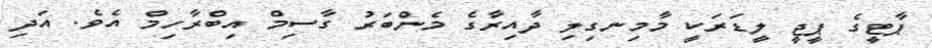
ޕާޓީގެ ޕީޖީ ލީޑަރަކީ މާމިނގިލި ދާއިރާގެ މެންބަރު ގާސިމް އިބްރާހިމް އެވެ. އަދި